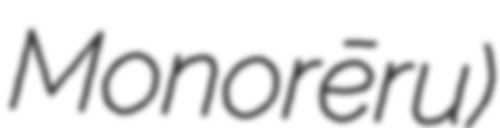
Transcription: Monorēru)